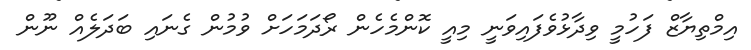
އިމްތިޔާޒް ފަހުމީ ވިދާޅުވެފައިވަނީ މިއީ ކޮންމެހެން ރޯދަމަހަށް ވުމުން ގެނައި ބަދަލެއް ނޫން